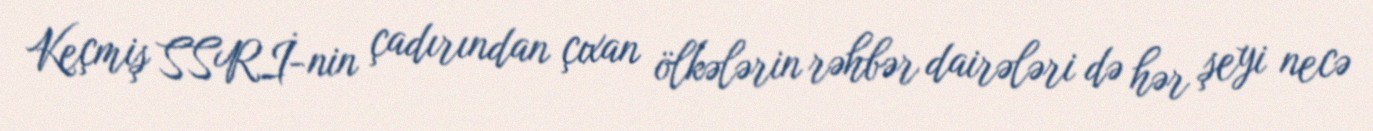
Keçmiş SSRİ-nin çadırından çıxan ölkələrin rəhbər dairələri də hər şeyi necə